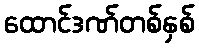
ထောင်ဒဏ်တစ်နှစ်